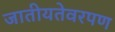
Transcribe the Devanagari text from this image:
जातीयतेवरपण